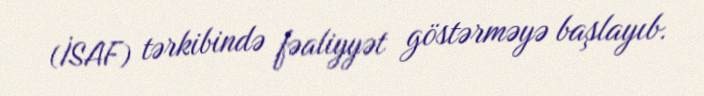
(İSAF) tərkibində fəaliyyət göstərməyə başlayıb.